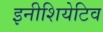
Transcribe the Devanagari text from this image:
इनीशियेटिव